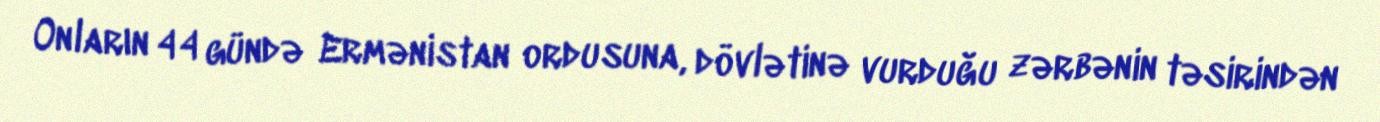
Onların 44 gündə Ermənistan ordusuna, dövlətinə vurduğu zərbənin təsirindən